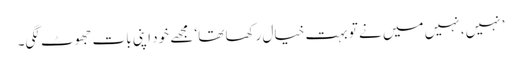
’ نہیں، نہیں میں نے تو بہت خیال رکھا تھا‘ مجھے خود اپنی بات جھوٹ لگی۔